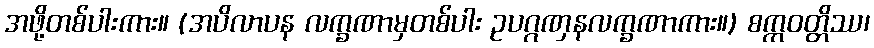
အဖို့တစ်ပါးကား။ (အပိလာပန လက္ခဏာမှတစ်ပါး ဥပဂ္ဂဏှနလက္ခဏာကား။) စက္ကဝတ္တိဿ၊